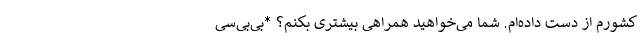
کشورم از دست داده‌ام. شما می‌خواهید همراهی بیشتری بکنم؟ *بی‌بی‌سی